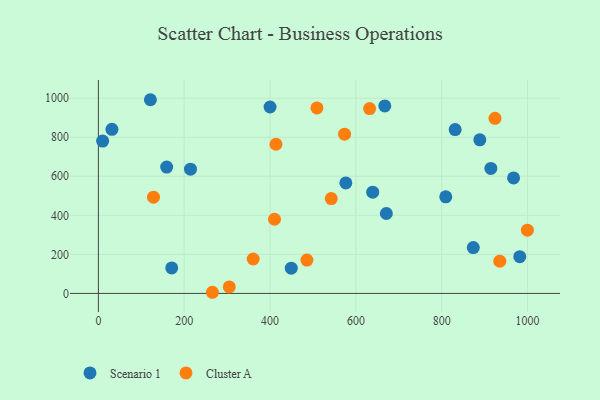
{"axis": {"x": "Distance", "y": "Profit"}, "legend": ["Cluster A", "Scenario 1"], "data": [{"x": "671.0", "y": 409.2, "type": "Scenario 1"}, {"x": "449.4", "y": 129.3, "type": "Scenario 1"}, {"x": "981.9", "y": 188.3, "type": "Scenario 1"}, {"x": "31.6", "y": 840.4, "type": "Scenario 1"}, {"x": "400.0", "y": 954.8, "type": "Scenario 1"}, {"x": "121.2", "y": 992.1, "type": "Scenario 1"}, {"x": "214.6", "y": 636.2, "type": "Scenario 1"}, {"x": "9.9", "y": 780.3, "type": "Scenario 1"}, {"x": "967.4", "y": 591.3, "type": "Scenario 1"}, {"x": "888.8", "y": 786.8, "type": "Scenario 1"}, {"x": "639.2", "y": 518.7, "type": "Scenario 1"}, {"x": "831.3", "y": 839.1, "type": "Scenario 1"}, {"x": "159.1", "y": 647.1, "type": "Scenario 1"}, {"x": "809.4", "y": 494.7, "type": "Scenario 1"}, {"x": "873.6", "y": 234.6, "type": "Scenario 1"}, {"x": "667.4", "y": 960.5, "type": "Scenario 1"}, {"x": "576.6", "y": 565.7, "type": "Scenario 1"}, {"x": "914.5", "y": 640.0, "type": "Scenario 1"}, {"x": "170.9", "y": 130.5, "type": "Scenario 1"}, {"x": "128.4", "y": 492.9, "type": "Cluster A"}, {"x": "573.7", "y": 815.6, "type": "Cluster A"}, {"x": "999.6", "y": 323.8, "type": "Cluster A"}, {"x": "631.9", "y": 946.8, "type": "Cluster A"}, {"x": "542.6", "y": 485.6, "type": "Cluster A"}, {"x": "360.7", "y": 176.3, "type": "Cluster A"}, {"x": "935.3", "y": 164.9, "type": "Cluster A"}, {"x": "485.9", "y": 170.8, "type": "Cluster A"}, {"x": "305.0", "y": 33.3, "type": "Cluster A"}, {"x": "265.7", "y": 5.8, "type": "Cluster A"}, {"x": "410.4", "y": 379.8, "type": "Cluster A"}, {"x": "509.3", "y": 950.2, "type": "Cluster A"}, {"x": "924.1", "y": 896.9, "type": "Cluster A"}, {"x": "413.8", "y": 764.0, "type": "Cluster A"}]}